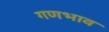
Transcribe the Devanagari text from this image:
गणभाव